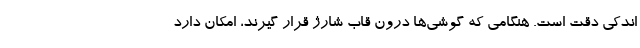
اندکی دقت است. هنگامی که گوشی‌ها درون قاب شارژ قرار گیرند، امکان دارد